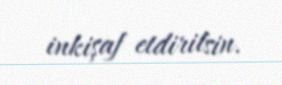
inkişaf etdirilsin.